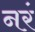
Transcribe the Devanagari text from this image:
नरं